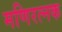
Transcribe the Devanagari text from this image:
मणिरत्‍नक